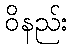
ဝိနည်း